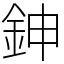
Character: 鉮